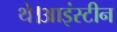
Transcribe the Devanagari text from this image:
थे।आइंस्टीन